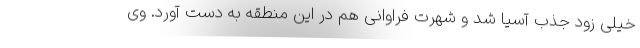
خیلی زود جذب آسیا شد و شهرت فراوانی هم در این منطقه به دست آورد. وی